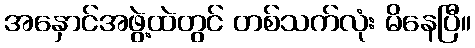
အနှောင်အဖွဲ့ထဲတွင် တစ်သက်လုံး မိနေပြီ။